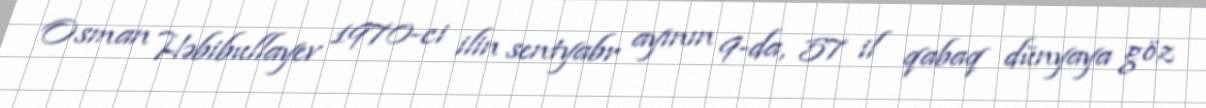
Osman Həbibullayev 1970-ci ilin sentyabr ayının 9-da, 57 il qabaq dünyaya göz